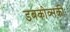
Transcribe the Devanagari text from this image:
डबकोव्सकी